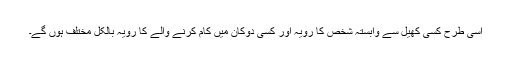
اسی طرح کسی کھیل سے وابستہ شخص کا رویہ اور کسی دوکان میں کام کرنے والے کا رویہ بالکل مختلف ہوں گے۔